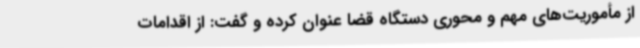
از مأموریت‌های مهم و محوری دستگاه قضا عنوان کرده و گفت: از اقدامات